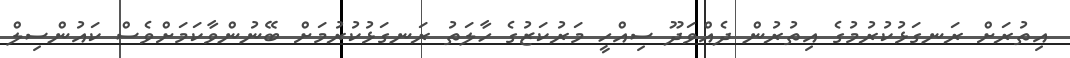
އިތުރަށް ރަނގަޅުކުރުމުގެ އިތުރުން ދެއްވަދޫ ސިއްހީ މަރުކަޒުގެ ހާލަތު ރަނގަޅުކުރުމަށް ބޭނުންވާކަމަށްވެސް ކައުންސިލް